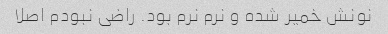
نونش خمیر شده و نرم نرم بود. راضی نبودم اصلا